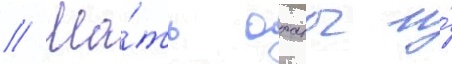
// Ма́ть оханы и́